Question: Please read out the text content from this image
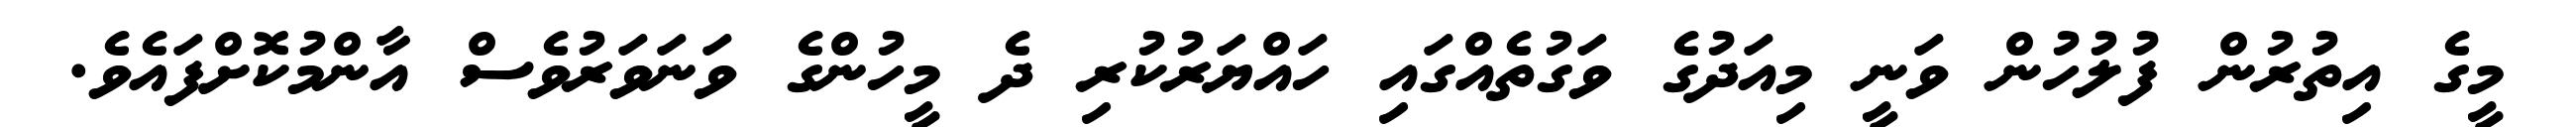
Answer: މީގެ އިތުރުން ފުލުހުން ވަނީ މިއަދުގެ ވަގުތެއްގައި ހައްޔަރުކުރި ދެ މީހުންގެ ވަނަވަރުވެސް އާންމުކޮށްފައެވެ.